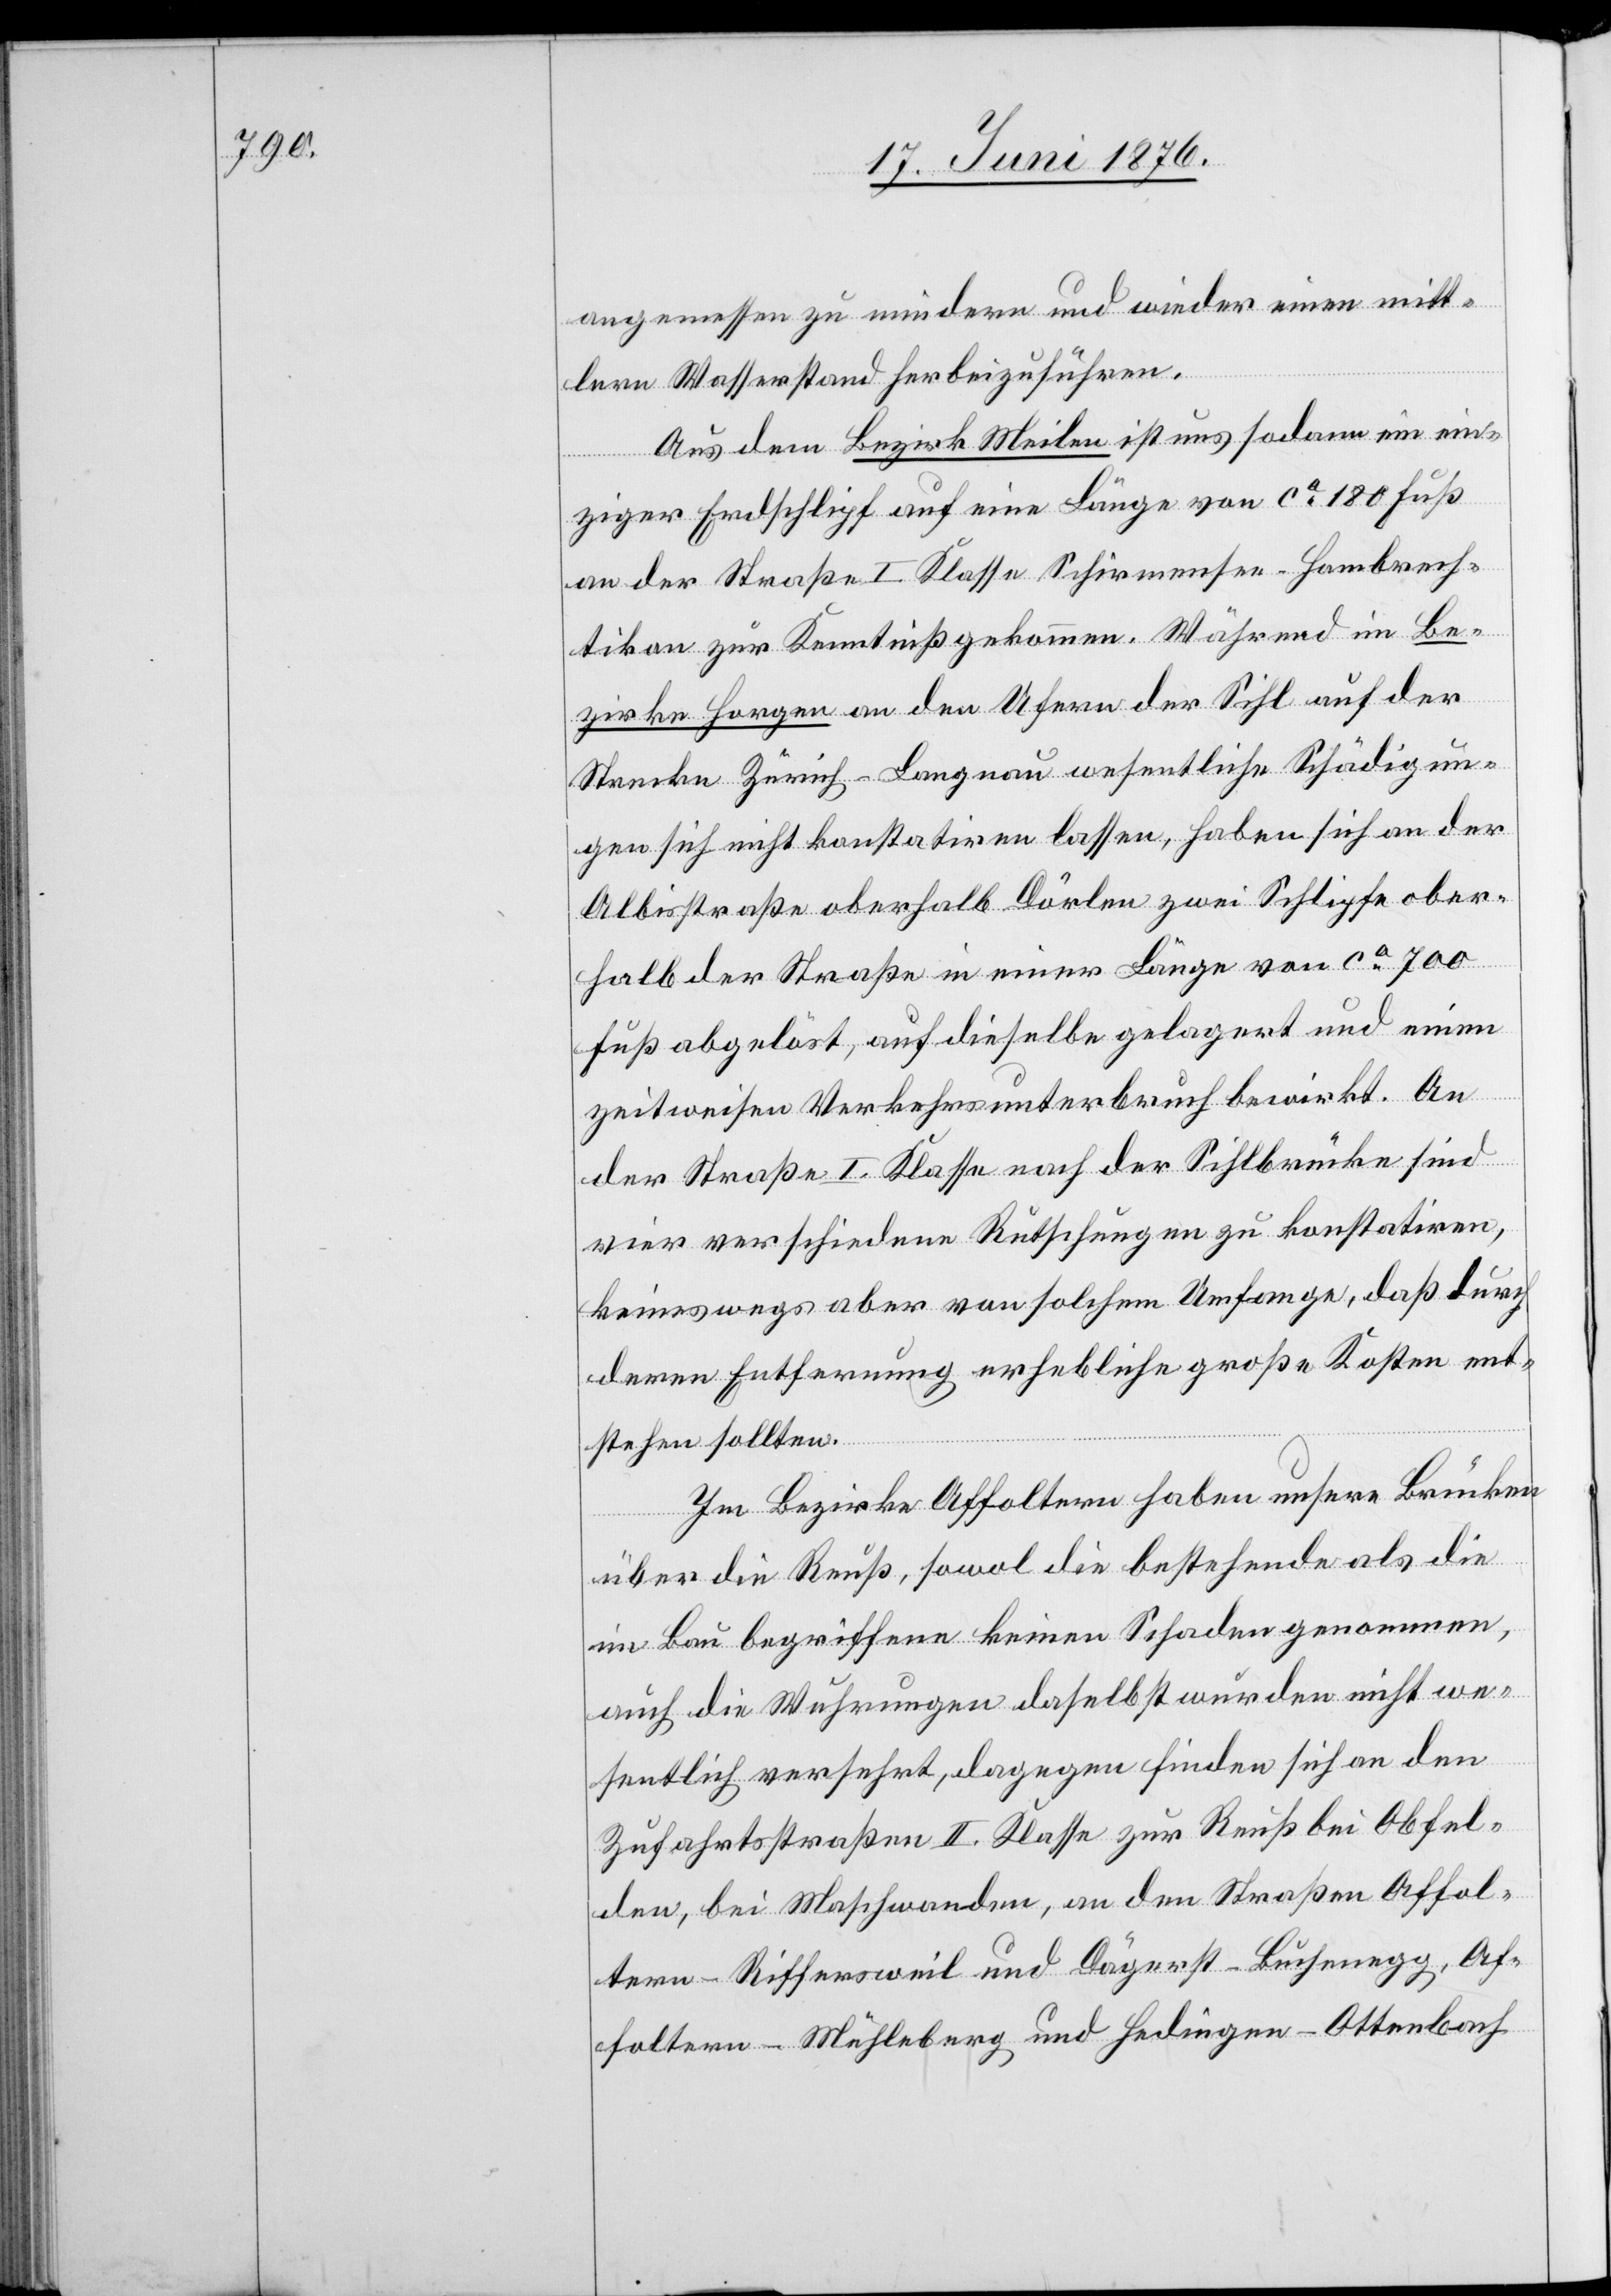
angemessen zu mindern und wieder einen mitt¬
lern Wasserstand herbeizuführen.
Aus dem Bezirk Meilen ist uns sodann ein ein¬
ziger Erdschlipf auf eine Länge von ca 180 Fuß
an der Straße I. Klasse Schirmensee–Hombrech¬
tikon zur Kenntniß gekommen. Während im Be¬
zirke Horgen an den Ufern des Sihl auf der
Strecke Zürich–Langnau wesentliche Schädigun¬
gen sich nicht konstatiren lassen, haben sich an der
Albisstraße oberhalb Dörlen zwei Schlipfe ober¬
halb der Straße in einer Länge von ca 700
Fuß abgelöst, auf dieselbe gelagert und einen
zeitweisen Verkehrsunterbruch bewirkt. An
der Straße I. Klasse nach der Sihlbrücke sind
vier verschiedene Rutschungen zu konstatiren,
keineswegs aber von solchem Umfange, daß durch
deren Entfernung erhebliche große Kosten ent¬
stehen sollten.
Im Bezirke Affoltern a/A. haben unsere Brücken
über die Reuß, sowol die bestehende als die
im Bau begriffene keinen Schaden genommen,
auch die Wuhrungen daselbst wurden nicht we¬
sentlich versehrt, dagegen finden sich an den
Zufahrtsstraßen II. Klasse zur Reuß bei Obfel¬
den, bei Maschwanden, an den Straßen Affol¬
tern–Riffersweil und Dägerst–Buchenegg, Af¬
foltern–Mühleberg und Hedingen–Ottenbach